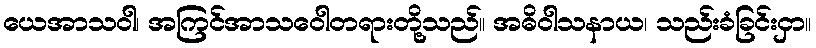
ယေအာသဝါ၊ အကြင်အာသဝေါတရားတို့သည်။ အဓိဝါသနာယ၊ သည်းခံခြင်းငှာ။